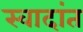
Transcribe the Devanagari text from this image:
स्वादांत